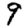
Digit: 9